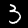
Label: 3